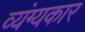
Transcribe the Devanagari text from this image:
व्‍यंग्‍यकार